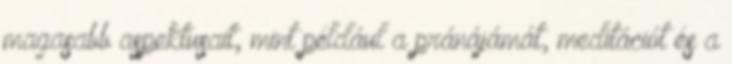
magasabb aspektusait, mint például a pránájámát, meditációt és a